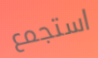
استجمع